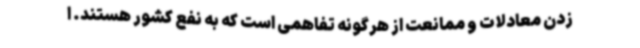
زدن معادلات و ممانعت از هرگونه تفاهمی است که به نفع کشور هستند. ا